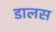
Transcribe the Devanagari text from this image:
डालस